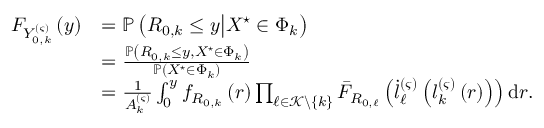
\begin{array} { r l } { F _ { Y _ { 0 , k } ^ { \left( \varsigma \right) } } \left( y \right) } & { = \mathbb { P } \left( R _ { 0 , k } \le y \middle | X ^ { \star } \in \Phi _ { k } \right) } \\ & { = \frac { \mathbb { P } \left( R _ { 0 , k } \le y , X ^ { \star } \in \Phi _ { k } \right) } { \mathbb { P } \left( X ^ { \star } \in \Phi _ { k } \right) } } \\ & { = \frac { 1 } { A _ { k } ^ { \left( \varsigma \right) } } \int _ { 0 } ^ { y } { f _ { R _ { 0 , k } } \left( r \right) \prod _ { \ell \in \mathcal { K } \backslash \left\{ k \right\} } { \bar { F } _ { R _ { 0 , \ell } } \left( \dot { l } _ { \ell } ^ { \left( \varsigma \right) } \left( l _ { k } ^ { \left( \varsigma \right) } \left( r \right) \right) \right) } \, \mathrm { d } r } . } \end{array}